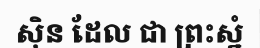
ស៊ិន ដែល ជា ព្រះស្នំ